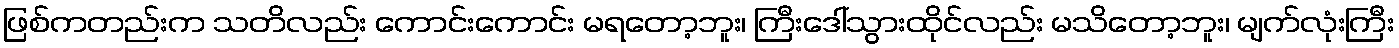
ဖြစ်ကတည်းက သတိလည်း ကောင်းကောင်း မရတော့ဘူး၊ ကြီးဒေါ်သွားထိုင်လည်း မသိတော့ဘူး၊ မျက်လုံးကြီး